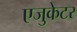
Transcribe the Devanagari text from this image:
एजुकेटर